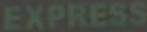
EXPRESS